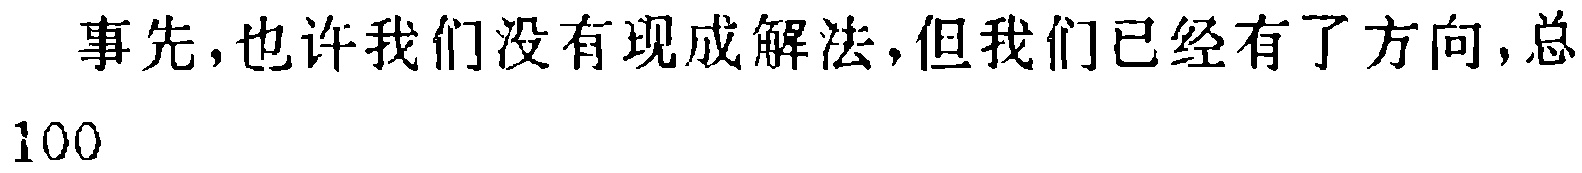
事先,也许我们没有现成解法,但我们已经有了方向,总
100